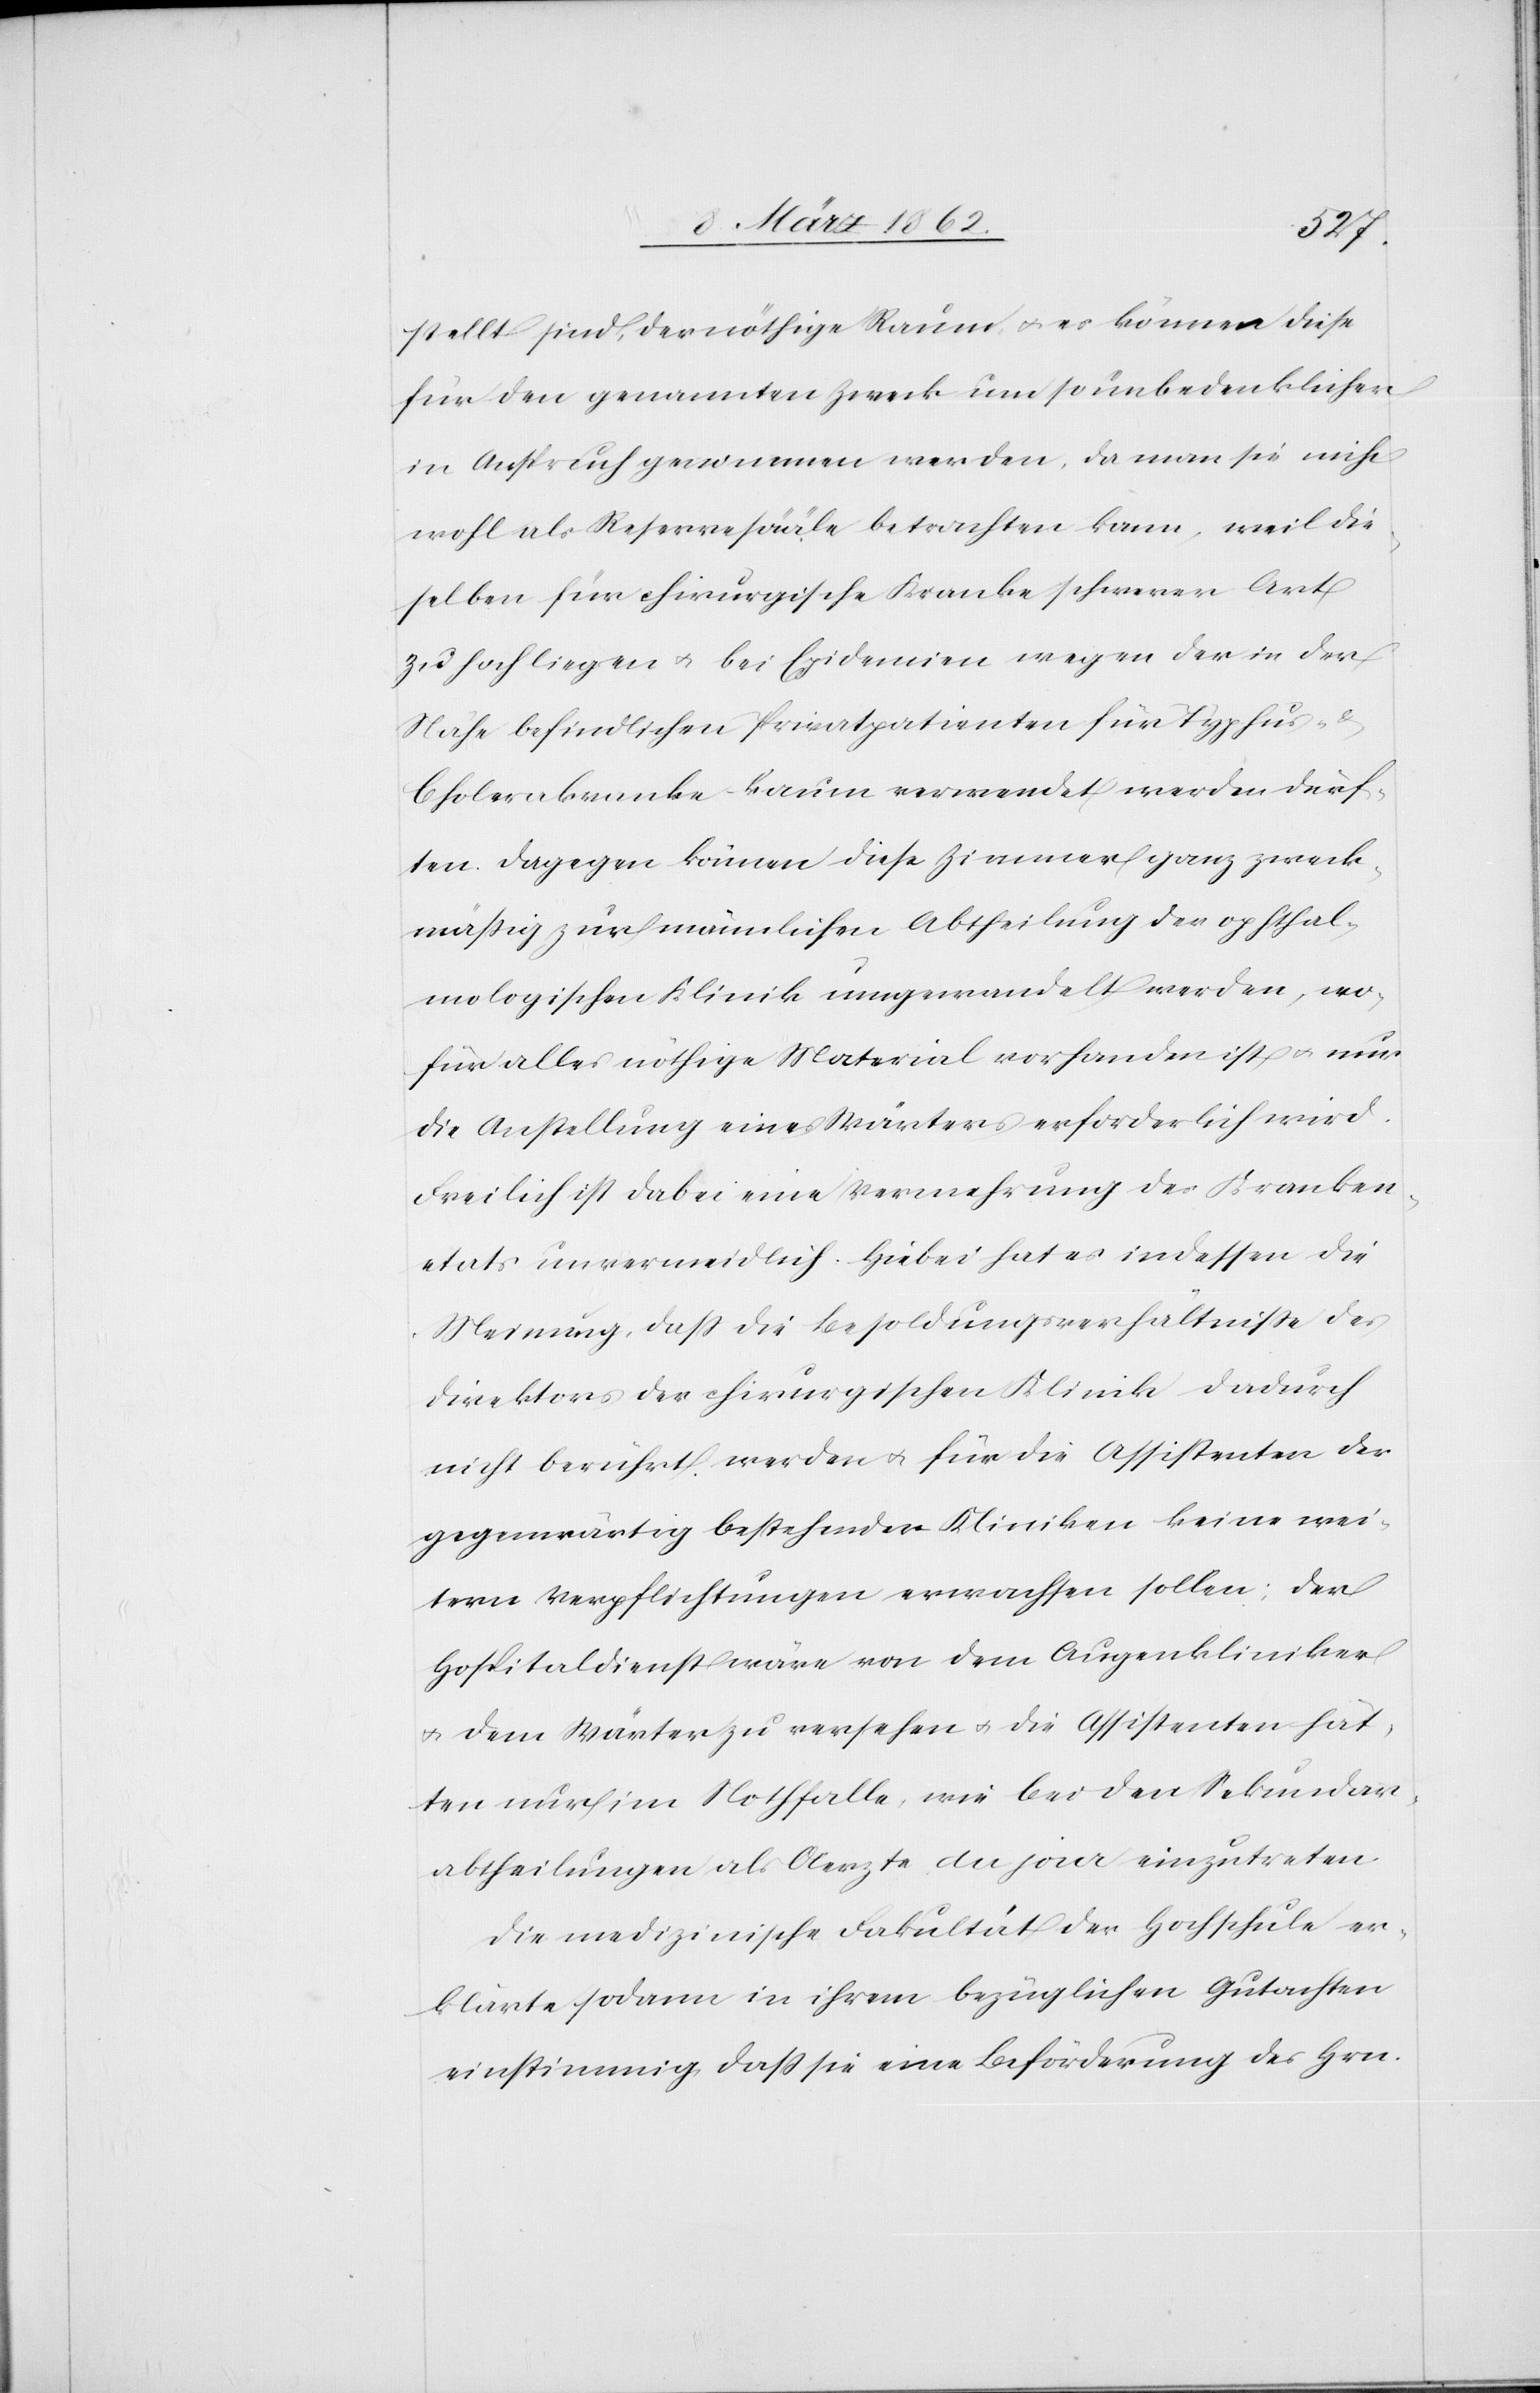
stellt sind, der nöthige Raum u. es können diese
für den genannten Zweck um so unbedenklicher
in Anspruch genommen werden, da man sie nicht
wohl als Reservesääle betrachten kann, weil die¬
selben für chirurgische Kranke schwerer Art
zu hoch liegen u. bei Epidemien wegen der in der
Nähe befindlichen Privatpatienten für Typhus-
Cholerakranke kaum verwendet werden dürf¬
ten. Dagegen können diese Zimmer ganz zweck¬
mäßig zur männlichen Abtheilung der ophtal¬
mologischen Klinik umgewandelt werden, wo¬
für alles nöthige Material vorhanden ist u. nur
die Anstellung eines Wärters erforderlich wird.
Freilich ist dabei eine Vermehrung des Kranken¬
etats unvermeidlich. Hiebei hat es indessen die
Meinung, daß die Besoldungsverhältniße des
Direktors der chirurgischen Klinik dadurch
nicht berührt werden u. für die Assistenten der
gegenwärtig bestehenden Kliniken keine wei¬
tern Verpflichtungen erwachsen sollen; der
Hospitaldienst wäre von dem Augenkliniker
u. dem Wärter zu versehen u. die Assistenten hät¬
ten nur im Notfalle, wie bei den Sekundar¬
abtheilungen als Aerzte du jour einzutreten.
Die medizinische Fakultät der Hochschule er¬
klärte sodann in ihrem bezüglichen Gutachten
einstimmig, daß sie eine Beförderung des Hrn.